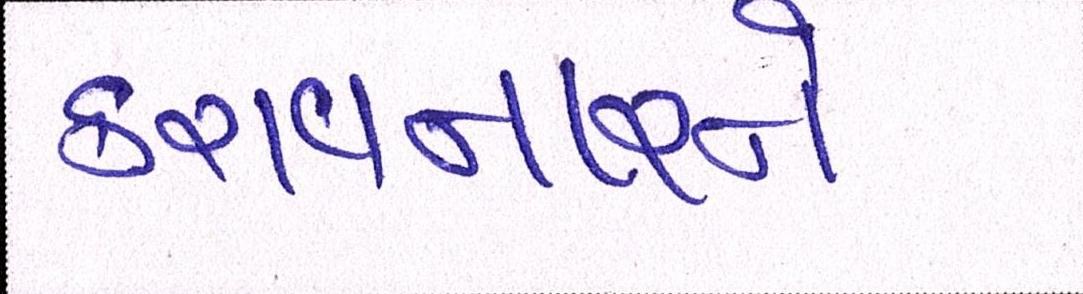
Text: કરાવનારને